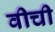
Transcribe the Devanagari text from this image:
वीची